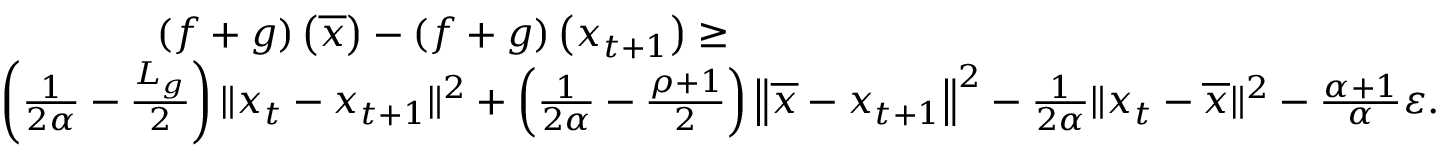
\begin{array} { r l } & { \qquad \qquad \left( f + g \right) \left( \overline { { x } } \right) - \left( f + g \right) \left( x _ { t + 1 } \right) \geq } \\ & { \left( \frac { 1 } { 2 \alpha } - \frac { L _ { g } } { 2 } \right) \| x _ { t } - x _ { t + 1 } \| ^ { 2 } + \left( \frac { 1 } { 2 \alpha } - \frac { \rho + 1 } { 2 } \right) \left\Vert \overline { { x } } - x _ { t + 1 } \right\Vert ^ { 2 } - \frac { 1 } { 2 \alpha } \| x _ { t } - \overline { { x } } \| ^ { 2 } - \frac { \alpha + 1 } { \alpha } \varepsilon . } \end{array}